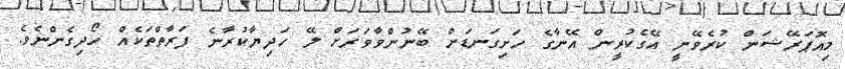
މިއޮޕަރޭޝަން ކުރެވޭނީ އޭގެކުރީން އޭނާގެ ހަށިގަނޑަށް ބޭނުންވާވަރަށް ލޭ ހަދިޔާކުރާނެ ފަރާތްތަކެއް ހޯދިގެންނެވެ.